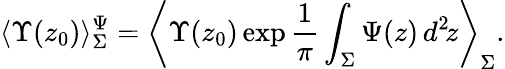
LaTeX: \langle\Upsilon(z_{0})\rangle_{\Sigma}^{\Psi}=\left\langle\Upsilon(z_{0})\exp\frac{1}{\pi}\int_{\Sigma}\Psi(z)\, d^{2}\! z\right\rangle_{\Sigma}.